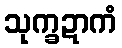
သုက္ခဍာကံ